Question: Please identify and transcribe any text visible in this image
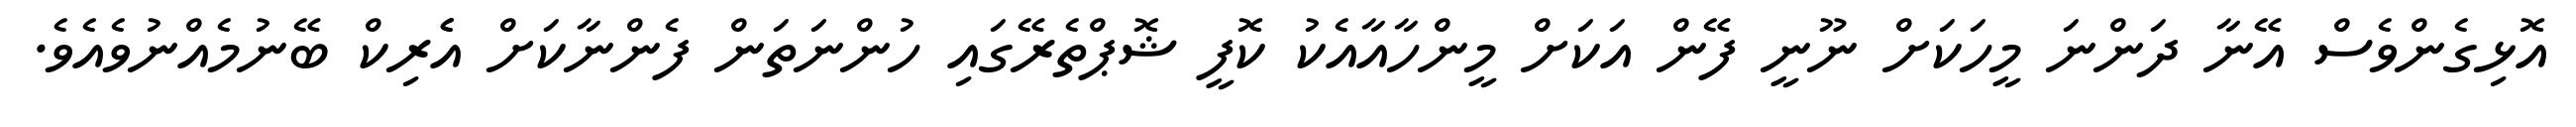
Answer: އޮޅިގެންވެސް އޭނާ ދަންނަ މީހަކަށް ނޫނީ ފޭން އަކަށް މީންހާއާއެކު ކޮފީ ޝޮޕްތެރޭގައި ހުންނަތަން ފެންނާކަށް އެެރިކް ބޭނުމެއްނުވެއެވެ.